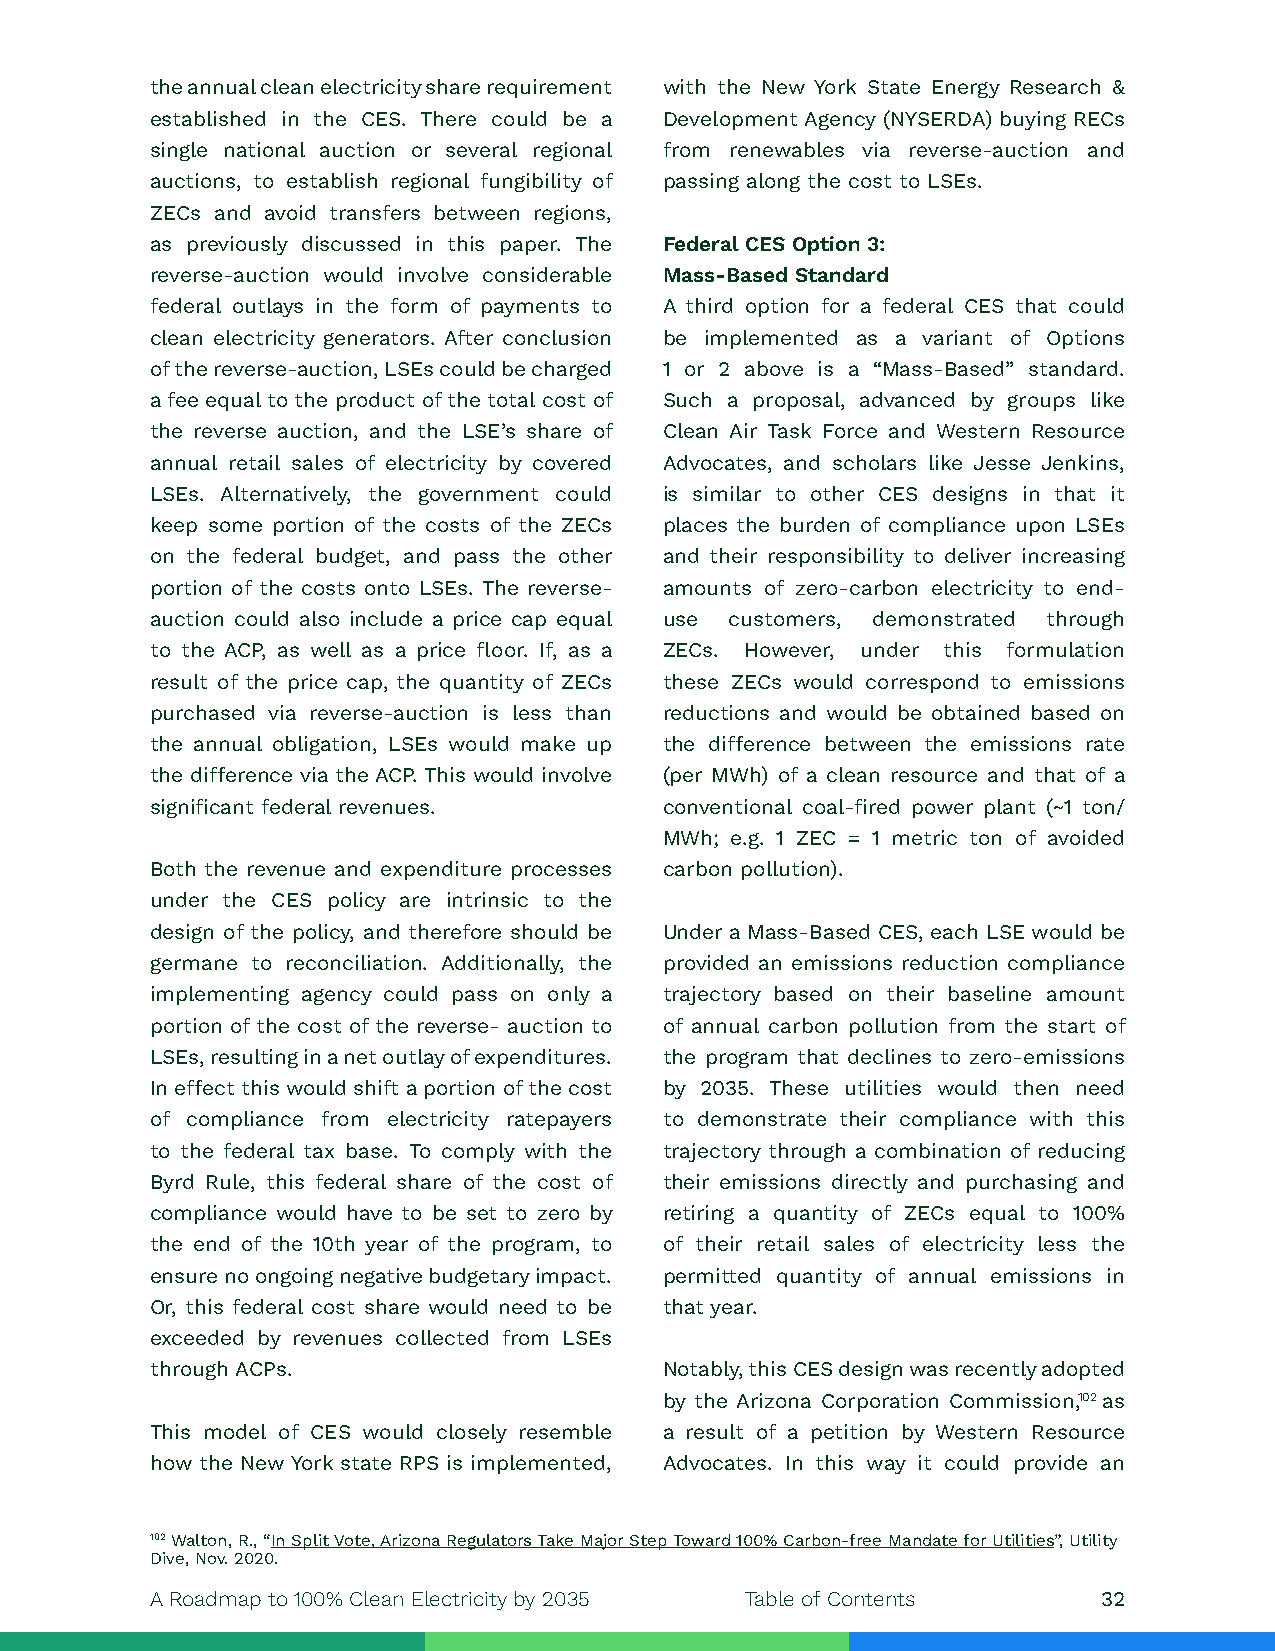
the annual clean electricity share requirement with the New York State Energy Research &
 established in the CES. There could be a Development Agency (NYSERDA) buying RECs
 single national auction or several regional from renewables via reverse-auction and
 auctions, to establish regional fungibility of passing along the cost to LSEs.
 ZECs and avoid transfers between regions,
 as previously discussed in this paper. The Federal CES Option 3:
 reverse-auction would involve considerable Mass-Based Standard
 federal outlays in the form of payments to A third option for a federal CES that could
 clean electricity generators. After conclusion be implemented as a variant of Options
 of the reverse-auction, LSEs could be charged 1 or 2 above is a “Mass-Based” standard.
 a fee equal to the product of the total cost of Such a proposal, advanced by groups like
 the reverse auction, and the LSE’s share of Clean Air Task Force and Western Resource
 annual retail sales of electricity by covered Advocates, and scholars like Jesse Jenkins,
 LSEs. Alternatively, the government could is similar to other CES designs in that it
 keep some portion of the costs of the ZECs places the burden of compliance upon LSEs
 on the federal budget, and pass the other and their responsibility to deliver increasing
 portion of the costs onto LSEs. The reverse- amounts of zero-carbon electricity to end-
 auction could also include a price cap equal use customers, demonstrated through
 to the ACP, as well as a price floor. If, as a ZECs. However, under this formulation
 result of the price cap, the quantity of ZECs these ZECs would correspond to emissions
 purchased via reverse-auction is less than reductions and would be obtained based on
 the annual obligation, LSEs would make up the difference between the emissions rate
 the difference via the ACP. This would involve (per MWh) of a clean resource and that of a
 significant federal revenues.     conventional coal-fired power plant (~1 ton/
 MWh; e.g. 1 ZEC = 1 metric ton of avoided
 Both the revenue and expenditure processes carbon pollution).
 under the CES policy are intrinsic to the
 design of the policy, and therefore should be Under a Mass-Based CES, each LSE would be
 germane to reconciliation. Additionally, the provided an emissions reduction compliance
 implementing agency could pass on only a trajectory based on their baseline amount
 portion of the cost of the reverse- auction to of annual carbon pollution from the start of
 LSEs, resulting in a net outlay of expenditures. the program that declines to zero-emissions
 In effect this would shift a portion of the cost by 2035. These utilities would then need
 of compliance from electricity ratepayers to demonstrate their compliance with this
 to the federal tax base. To comply with the trajectory through a combination of reducing
 Byrd Rule, this federal share of the cost of their emissions directly and purchasing and
 compliance would have to be set to zero by retiring a quantity of ZECs equal to 100%
 the end of the 10th year of the program, to of their retail sales of electricity less the
 ensure no ongoing negative budgetary impact. permitted quantity of annual emissions in
 Or, this federal cost share would need to be that year.
 exceeded by revenues collected from LSEs
 through ACPs.                     Notably, this CES design was recently adopted
 by the Arizona Corporation Commission,102 as
 This model of CES would closely resemble a result of a petition by Western Resource
 how the New York state RPS is implemented, Advocates. In this way it could provide an
 102 Walton, R., “In Split Vote, Arizona Regulators Take Major Step Toward 100% Carbon-free Mandate for Utilities”, Utility
 Dive, Nov. 2020.
 A Roadmap to 100% Clean Electricity by 2035 Table of Contents  32